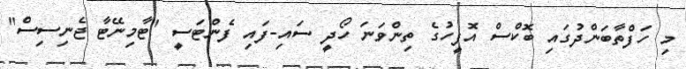
މި ހަފްތާބަންދުގައި ބޮކްސް އޮފީހުގެ ތިންވަނަ ހޯދީ ސައި-ފައި ފެންޓަސީ "ޓާމިނޭޓާ ޖެނިސިސް"